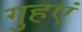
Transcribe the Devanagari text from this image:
गुहएं